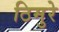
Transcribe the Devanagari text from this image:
ठिमुरे